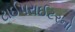
ટાઈપરાઈટરનો